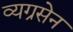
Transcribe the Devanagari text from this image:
व्यग्रसेन